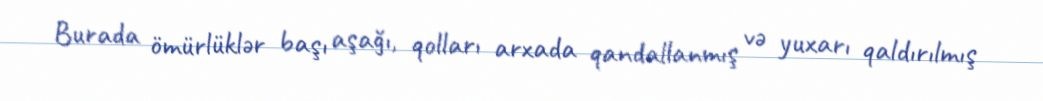
Burada ömürlüklər başı aşağı, qolları arxada qandallanmış və yuxarı qaldırılmış